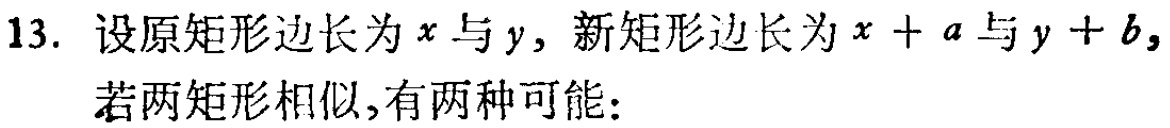
13. 设原矩形边长为\(x\)与\(y\)，新矩形边长为\(x + a\)与\(y + b\)，
若两矩形相似,有两种可能：